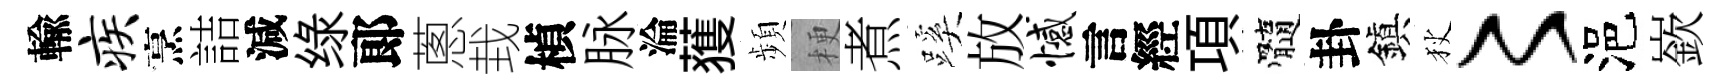
輸疾烹詰減绿郞蔥㘽楨脉淪𫉬頻梗煮蹊放憾言經項髓卦鎭狄〻浥嶔